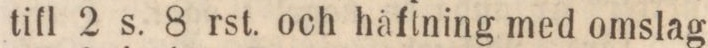
till 2 s. 8 rst. och häftning med omslag